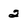
Character: 2